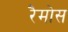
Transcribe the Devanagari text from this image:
रैमोस